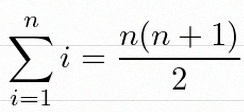
\sum_{i=1}^{n}i=\frac{n(n+1)}2